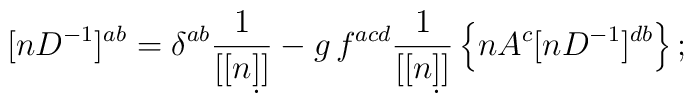
[nD^{-1}]^{ab} = \delta^{ab} \frac{1}{[[n\d]]} -   g\, f^{acd} \frac{1}{[[n\d]]}   \left\{ nA^c [nD^{-1}]^{db} \right\};